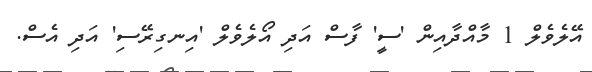
އޭލެވެލް 1 މާއްދާއިން 'ސީ' ފާސް އަދި އޯލެވެލް 'އިނގިރޭސި' އަދި އެސް.